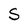
Character: S